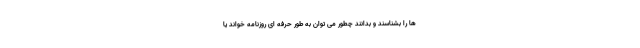
ها را بشناسند و بدانند چطور می توان به طور حرفه ای روزنامه خواند یا